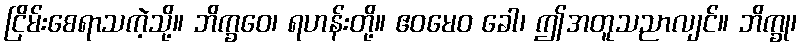
ငြိမ်းစေရာသကဲ့သို့။ ဘိက္ခဝေ၊ ရဟန်းတို့။ ဧဝမေဝ ခေါ၊ ဤအတူသညာလျင်။ ဘိက္ခု၊